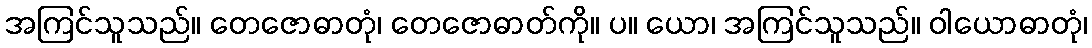
အကြင်သူသည်။ တေဇောဓာတုံ၊ တေဇောဓာတ်ကို။ ပ။ ယော၊ အကြင်သူသည်။ ဝါယောဓာတုံ၊